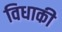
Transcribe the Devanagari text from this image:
विधाकी